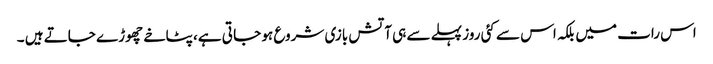
اس رات میں بلکہ اس سے کئی روز پہلے سے ہی آتش بازی شروع ہو جا تی ہے، پٹاخے چھوڑے جاتے ہیں ۔